Indian journal of veterinary science and animal husbandry - Volume 4,
Year: 1934
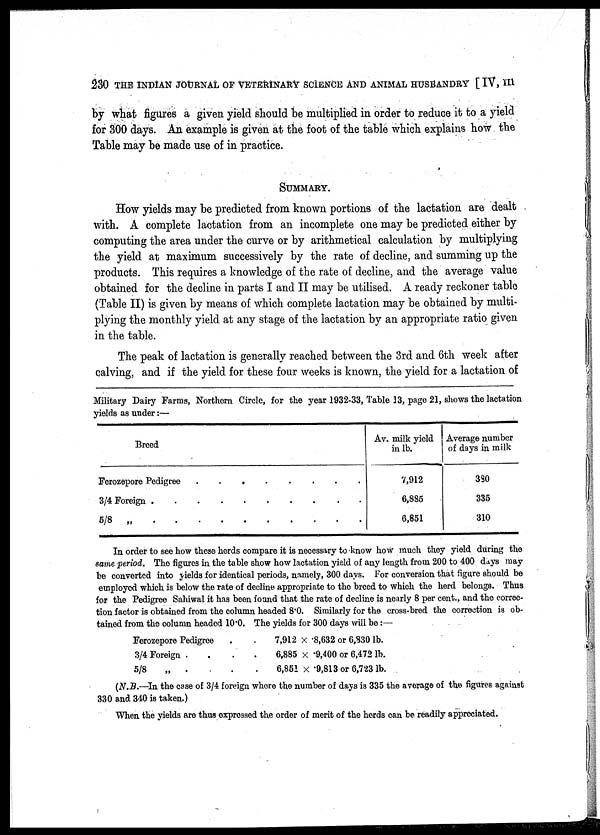
230 THE INDIAN JOURNAL OF VETERINARY SCIENCE AND ANIMAL HUSBANDRY [ IV, III
by what figures a given yield should be multiplied in order to reduce it to a yield
for 300 days. An example is given at the foot of the table which explains how the
Table may be made use of in practice.
SUMMARY.
How yields may be predicted from known portions of the lactation are dealt
with. A complete lactation from an incomplete one may be predicted either by
computing the area under the curve or by arithmetical calculation by multiplying
the yield at maximum successively by the rate of decline, and summing up the
products. This requires a knowledge of the rate of decline, and the average value
obtained for the decline in parts I and II may be utilised. A ready reckoner table
(Table II) is given by means of which complete lactation may be obtained by multi
plying the monthly yield at any stage of the lactation by an appropriate ratio given
in the table.
The peak of lactation is generally reached between the 3rd and 6th week after
calving, and if the yield for these four weeks is known, the yield for a lactation of
Military Dairy Farms, Northern Circle, for the year 1932-33, Table 13, page 21, shows the lactation
yields as under :—
Breed
Ferozepore Pedigree . . . . . . . .
¾ Foreign . . . . . . . . . . . .
⅝ „ . . . . . . . . . . . .
Av. milk yield
in lb.
7,912
6,885
6,851
Average number
of days in milk
330
335
310
same period.
In order to see how these herds compare it is necessary to know how much they yield during the
The figures in the table show how lactation yield of any length from 200 to 400 days may
be converted into yields for identical periods, namely, 300 days. For conversion that figure should be
employed which is below the rate of decline appropriate to the breed to which the herd belongs. Thus
for the Pedigree Sahiwal it has been found that the rate of decline is nearly 8 per cent., and the correc
tion factor is obtained from the column headed 8.0. Similarly for the cross-bred the correction is ob
tained from the column headed 10.0. The yields for 300 days will be:—
Ferozepore Pedigree
.
.
7,912 × .8,632 or 6,830 lb.
¾ Foreign .
.
.
.
6,885 × .9,400 or 6,472 lb.
⅝
„
.
.
.
.
6,851 × .9,813 or 6,723 lb.
(N.B.—In the case of ¾ foreign where the number of days is 335 the average of the figures against
330 and 340 is taken.)
When the yields are thus expressed the order of merit of the herds can be readily appreciated.